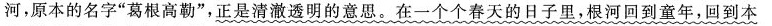
河，原本的名字”葛根高勒”，正是清澈透明的意思。在一个个春天的日子里，根河回到童年，回到本